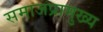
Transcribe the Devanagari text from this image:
समाजप्रामुख्य